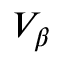
{ V _ { \beta } }